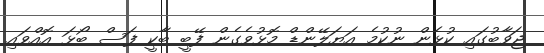
ޖަވާބުގައި ކުޅެން ނުކުމެ އަޔަލޭންޑް މޮޅުވެގެން ފޭބީ ބާކީ ފަސް ބޯޅަ އޮއްވައި